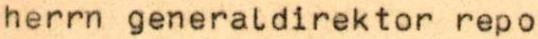
herrn generaldirektor repo